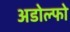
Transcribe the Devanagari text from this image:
अडोल्फो